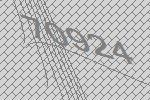
70924